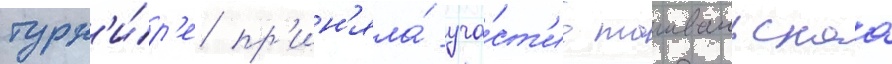
турн'и́р'е пр'ин'яла́ уча́ст'ие таиваньскаа